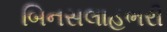
બિનસલાહભરી